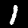
Digit: 1